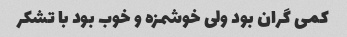
کمی گران بود ولی خوشمزه و خوب بود با تشکر